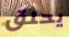
يحلق